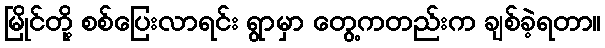
မြိုင်တို့ စစ်ပြေးလာရင်း ရွာမှာ တွေ့ကတည်းက ချစ်ခဲ့ရတာ။